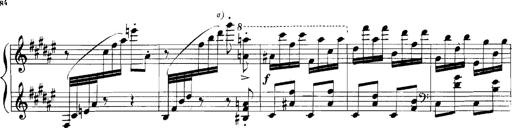
Title: Rhapsodies hongroises
Composer: Franz Liszt